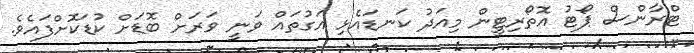
ޓްރާންސް ޕޯޓު އޮތޯރިޓީން މިއަދު ކަނޑައެޅި އަގުތައް ވަނީ ވަރަށް ބޮޑަށް ކުޑަކޮށްފައެވެ.